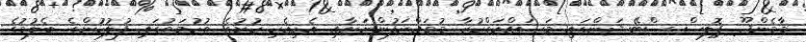
މާމެންދޫ ޕޮލިސް ސްޓޭޝަންގައި މަސައްކަތްކުރާ މުވައްޒަފުންނަށާއި އެކިއެކި ކުށުގެ ތުހުމަތުގައި ފުލުހުުންގެ ބެލުމުގެ